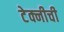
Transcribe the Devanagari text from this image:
टेक्नीची